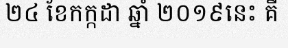
២៤ ខែកក្កដា ឆ្នាំ ២០១៩នេះ គឺ